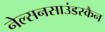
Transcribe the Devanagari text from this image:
नेल्सनसाउंडस्कैन